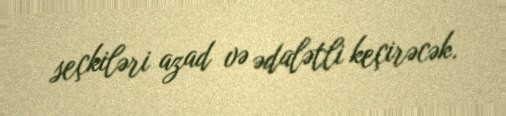
seçkiləri azad və ədalətli keçirəcək.